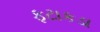
ફટાકડા